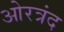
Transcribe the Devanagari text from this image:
ओरत्रंद